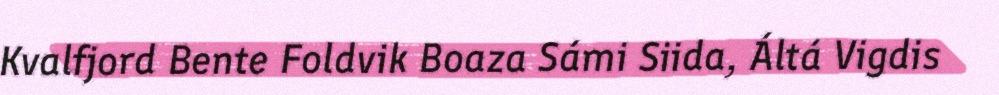
Kvalfjord Bente Foldvik Boaza Sámi Siida, Áltá Vigdis